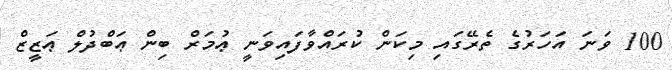
100 ވަނަ އަހަރުގެ ތެރޭގައި މިކަން ކުރައްވާފައިވަނީ ޢުމަރް ބިން ޢަބްދުލް ޢަޒީޒް